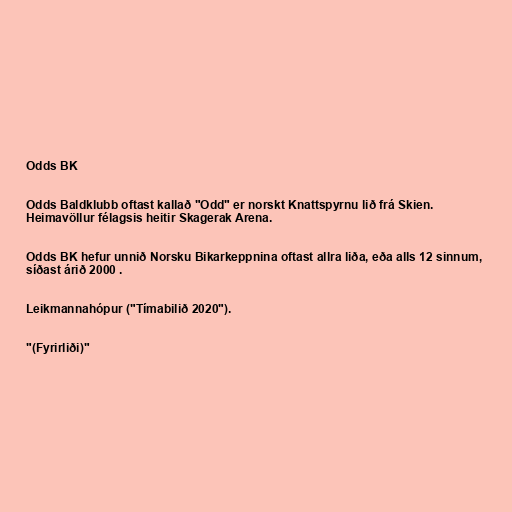
Odds BK

Odds Baldklubb oftast kallað "Odd" er norskt Knattspyrnu lið frá Skien.
Heimavöllur félagsis heitir Skagerak Arena.

Odds BK hefur unnið Norsku Bikarkeppnina oftast allra liða, eða alls 12 sinnum,
síðast árið 2000 .

Leikmannahópur ("Tímabilið 2020").

"(Fyrirliði)"